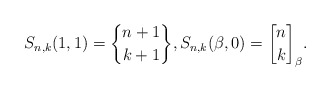
\begin{gather*} S_{n,k}(1,1) = {n+1 \brace k+1},S_{n,k}(\beta,0)= {n \brack k}_{\beta}. \end{gather*}